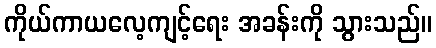
ကိုယ်ကာယလေ့ကျင့်ရေး အခန်းကို သွားသည်။